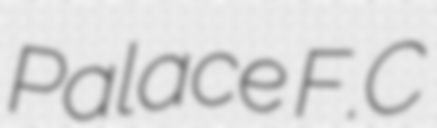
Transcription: Palace F.C